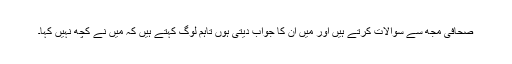
صحافی مجھ سے سوالات کرتے ہیں اور میں ان کا جواب دیتی ہوں تاہم لوگ کہتے ہیں کہ میں نے کچھ نہیں کہا۔